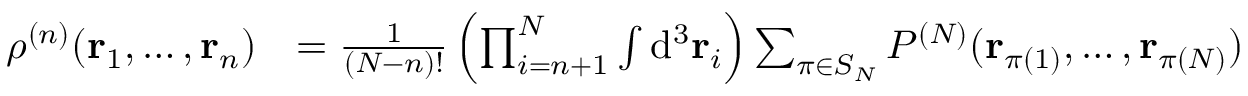
{ \begin{array} { r l } { \rho ^ { ( n ) } ( \mathbf { r } _ { 1 } , \ldots , \mathbf { r } _ { n } ) } & { = { \frac { 1 } { ( N - n ) ! } } \left( \prod _ { i = n + 1 } ^ { N } \int \mathrm { d } ^ { 3 } \mathbf { r } _ { i } \right) \sum _ { \pi \in S _ { N } } P ^ { ( N ) } ( \mathbf { r } _ { \pi ( 1 ) } , \ldots , \mathbf { r } _ { \pi ( N ) } ) } \end{array} }